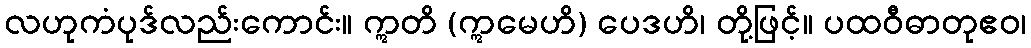
လဟုကံပုဒ်လည်းကောင်း။ ဣတိ (ဣမေဟိ) ပေဒဟိ၊ တို့ဖြင့်။ ပထဝီဓာတုဧဝ၊